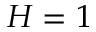
H = 1